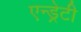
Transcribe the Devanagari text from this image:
एन्ड्रेटी